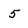
Character: 5